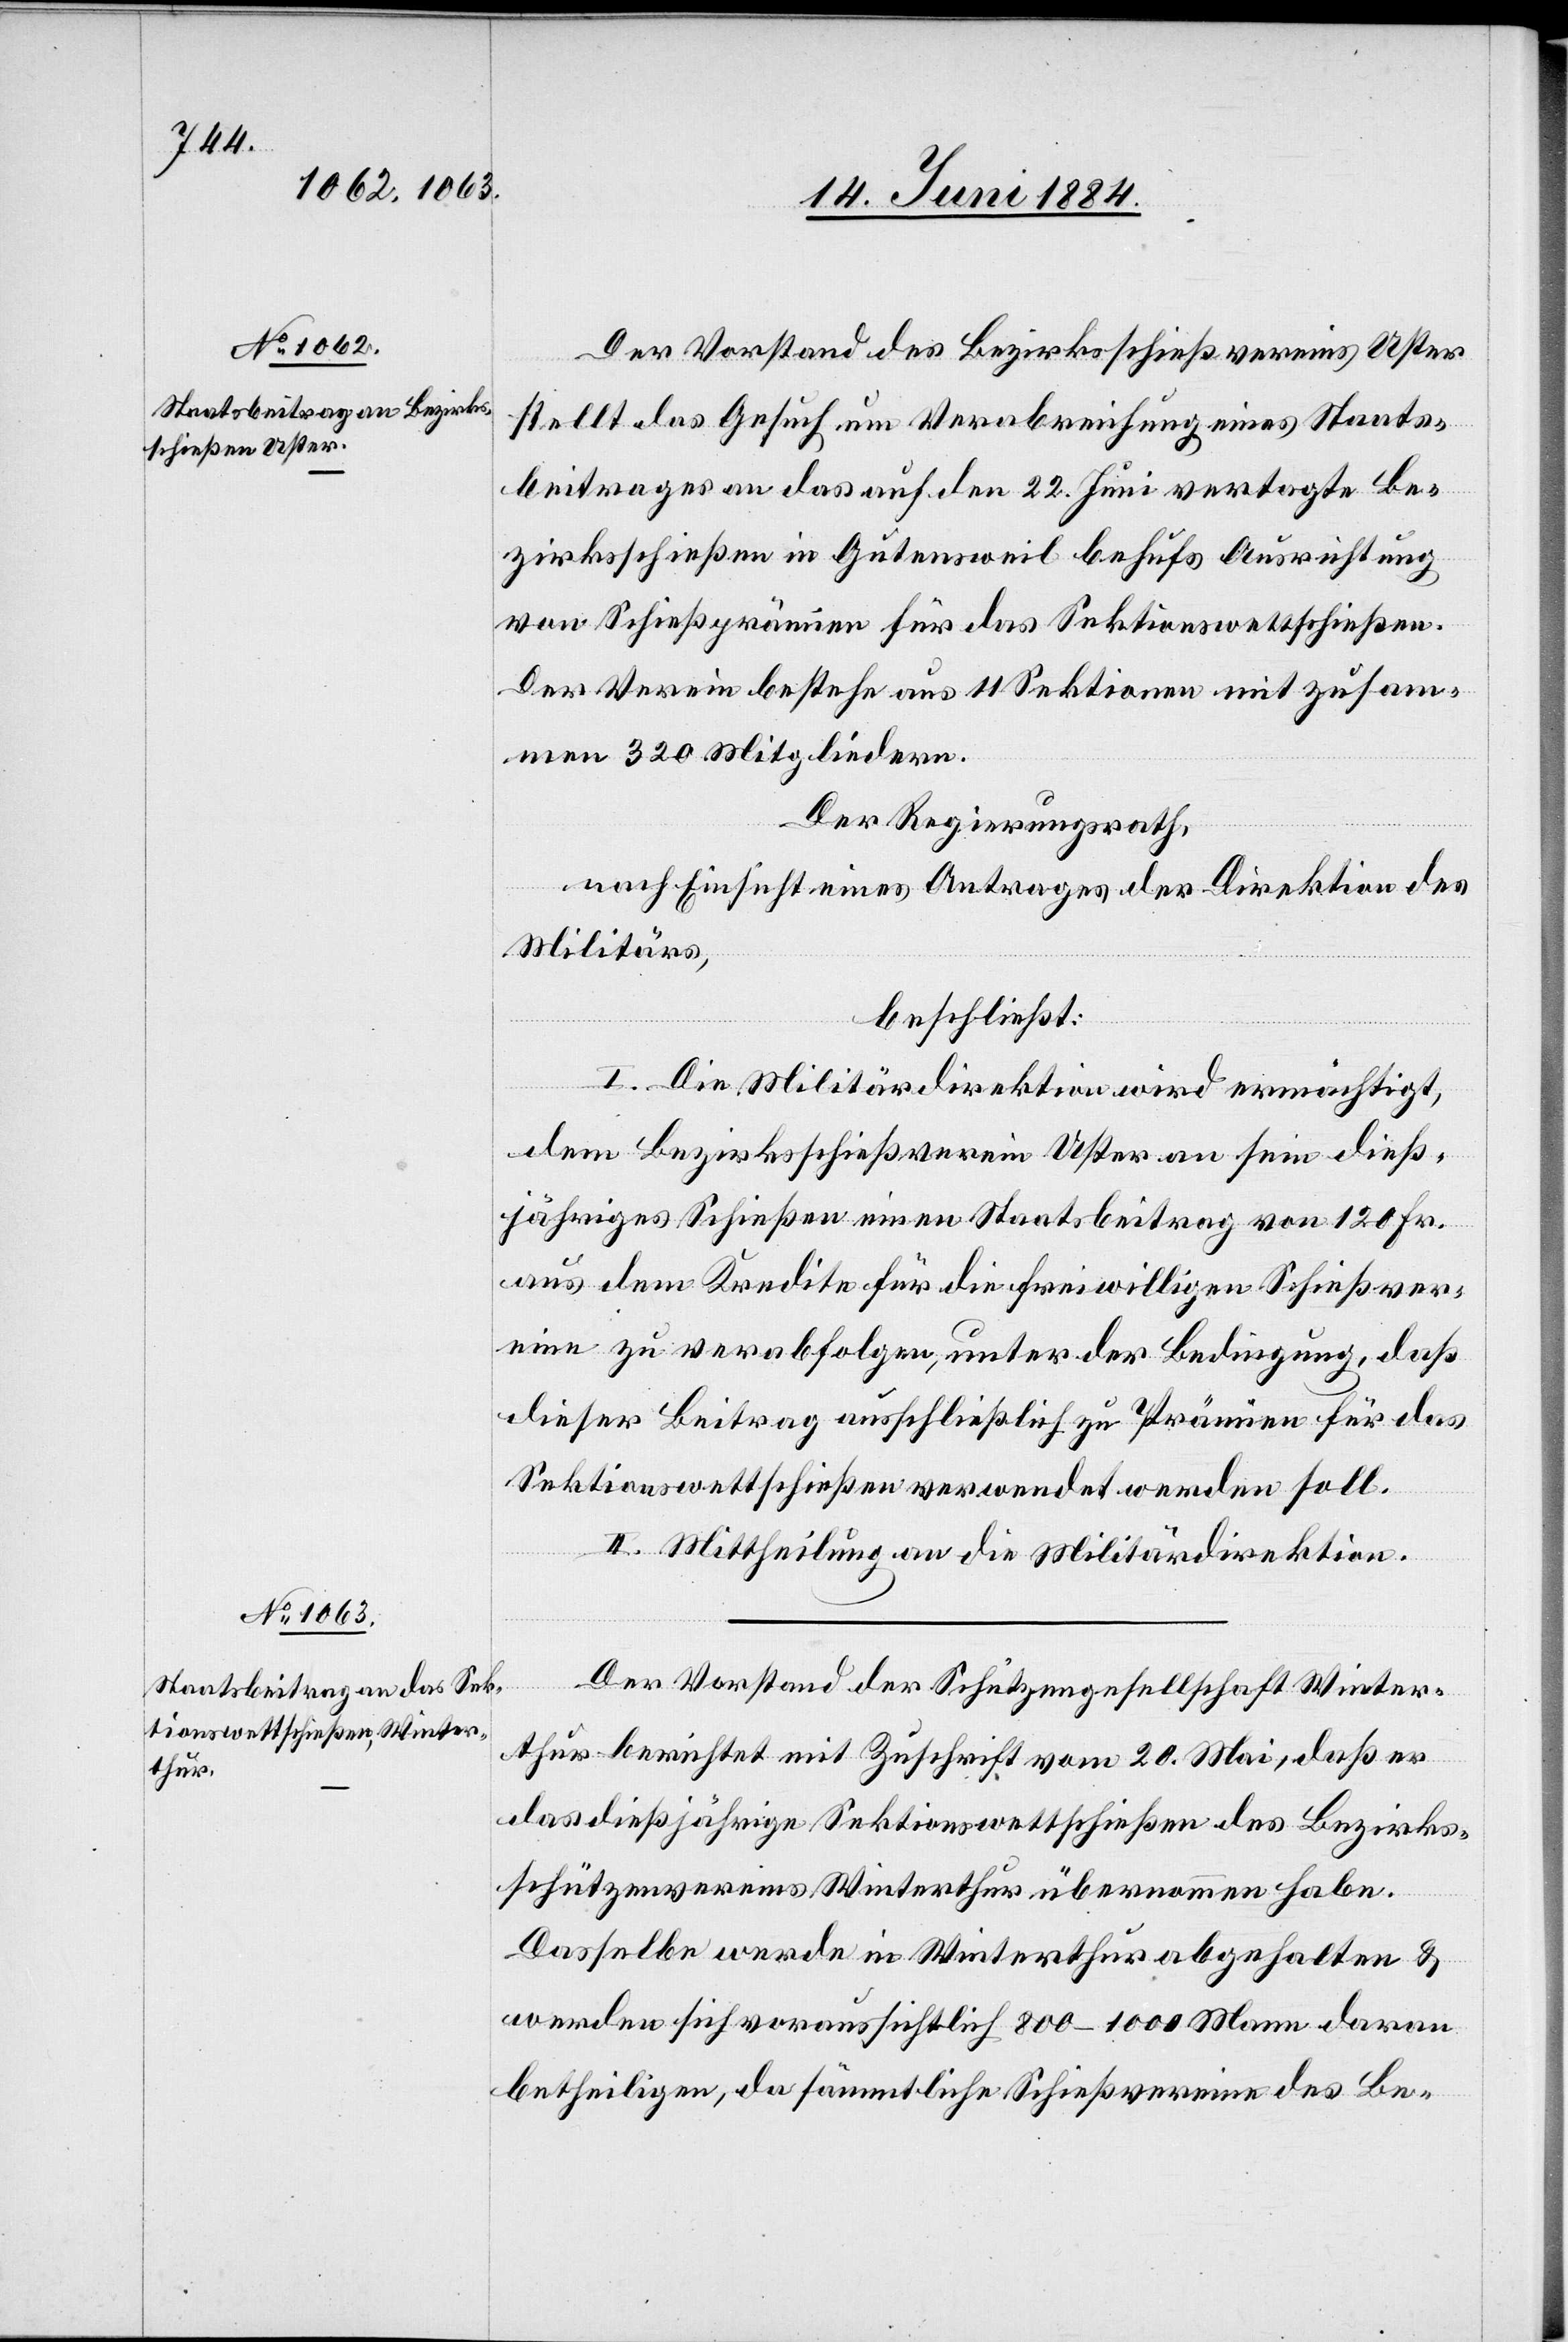
Der Vorstand des Bezirksschießvereins Uster
stellt das Gesuch um Verabreichung eins Staats¬
beitrages an das auf den 22. Juni vertagte Be¬
zirksschießen in Gutensweil behufs Ausrichtung
von Schießprämien für das Sektionswettschießen.
Der Verein bestehe aus 11 Sektionen mit zusam¬
men 320 Mitgliedern.
Der Regierungsrath,
nach Einsicht eines Antrages der Direktion des
Militärs,
beschließt:
I. Die Militärdirektion wird ermächtigt,
dem Bezirksschießverein Uster an sein dieß¬
jähriges Schießen einen Staatsbeitrag von 120 Fr.
aus dem Kredite für die freiwilligen Schießver¬
eine zu verabfolgen, unter der Bedingung, daß
dieser Beitrag ausschließlich zu Prämien für das
Sektionswettschießen verwendet werden soll.
II. Mittheilung an die Militärdirektion.
Der Vorstand der Schützengesellschaft Winter¬
thur berichtet mit Zuschrift vom 20. Mai, daß er
das dießjährige Sektionswaffenschießen des Bezirks¬
schützenvereins Winterthur übernommen habe.
Dasselbe werde in Winterthur abgehalten &
werden sich voraussichtlich 800–1000 Mann daran
betheiligen, da sämmtliche Schießvereine des Be-